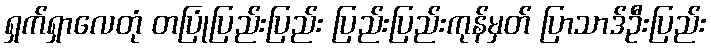
ရှက်ရှာလေတုံ တပြုံပြည်းပြည်း ပြည်းပြည်းကုန်မှတ် ပြာသာဒ်ဦးပြည်း